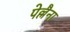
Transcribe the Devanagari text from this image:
पेल्लैना